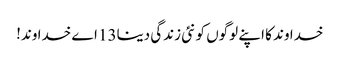
خدا وند کا اپنے لوگوں کو نئی زندگی دینا13 اے خدا وند!